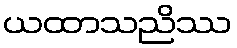
ယထာသညိဿ